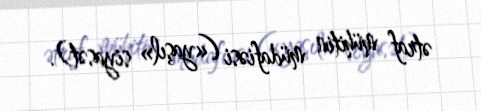
ətraf mühitin müdafiəsi («yaşıl» siyasət).